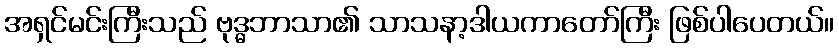
အရှင်မင်းကြီးသည် ဗုဒ္ဓဘာသာ၏ သာသနာ့ဒါယကာတော်ကြီး ဖြစ်ပါပေတယ်။